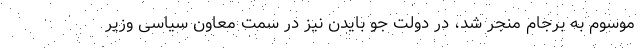
موسوم به برجام منجر شد، در دولت جو بایدن نیز در سمت معاون سیاسی وزیر